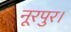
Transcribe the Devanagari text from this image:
नूरपुर।